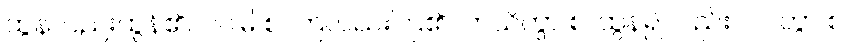
ထွန်လည်းထွန်၏။ ဝပါမိ စ၊ ကြဲလည်းကြဲ၏။ ကသိတွာ စ၊ ထွန်၍လည်း။ ဝပိတွာ စ၊